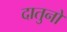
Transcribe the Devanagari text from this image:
दातुनों